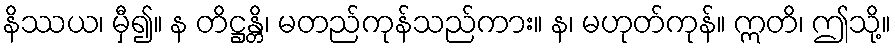
နိဿယ၊ မှီ၍။ န တိဋ္ဌန္တိ၊ မတည်ကုန်သည်ကား။ န၊ မဟုတ်ကုန်။ ဣတိ၊ ဤသို့။